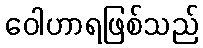
ဝေါဟာရဖြစ်သည်